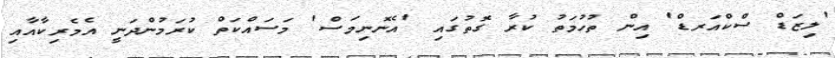
'ލިޒަޑް ސްކްއަރޑް' އިން ތުހުމަތު ކުރާ ގޮތުގައި 'އެނޮނިމަސް' މަސައްކަތް ކުރަމުންދަނީ އެމެރިކާއާއި